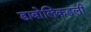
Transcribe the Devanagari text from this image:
डाबोलिकडली